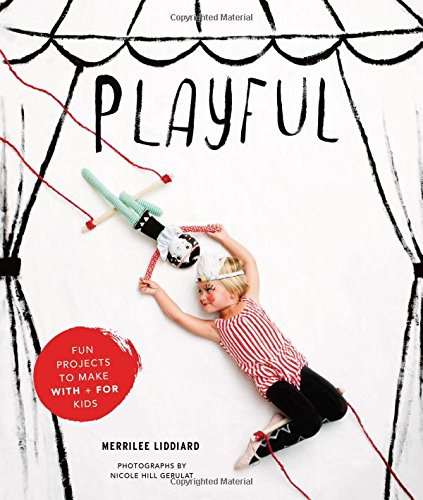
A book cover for Playful: Fun Projects to Make With + For Kids; Merrilee Liddiard; Crafts, Hobbies & Home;